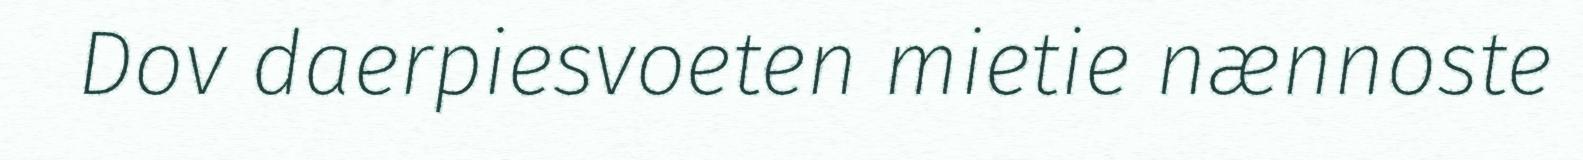
Dov daerpiesvoeten mietie nænnoste